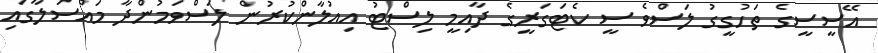
އޭސީސީގެ ތަހުގީގު ލަސްވެ ސީ ކެޓަގަރީގެ ދާއިމީ ލިސްޓު އިއުލާންކުރުން ލަސްވަމުންދާ މައްސަލާގައި